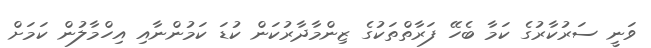
ވަނީ ސަރުކާރުގެ ކަމާ ބެހޭ ފަރާތްތަކުގެ ޒިންމާދާރުކަން ކުޑަ ކަމުންނާއި އިހްމާލުން ކަމަށް